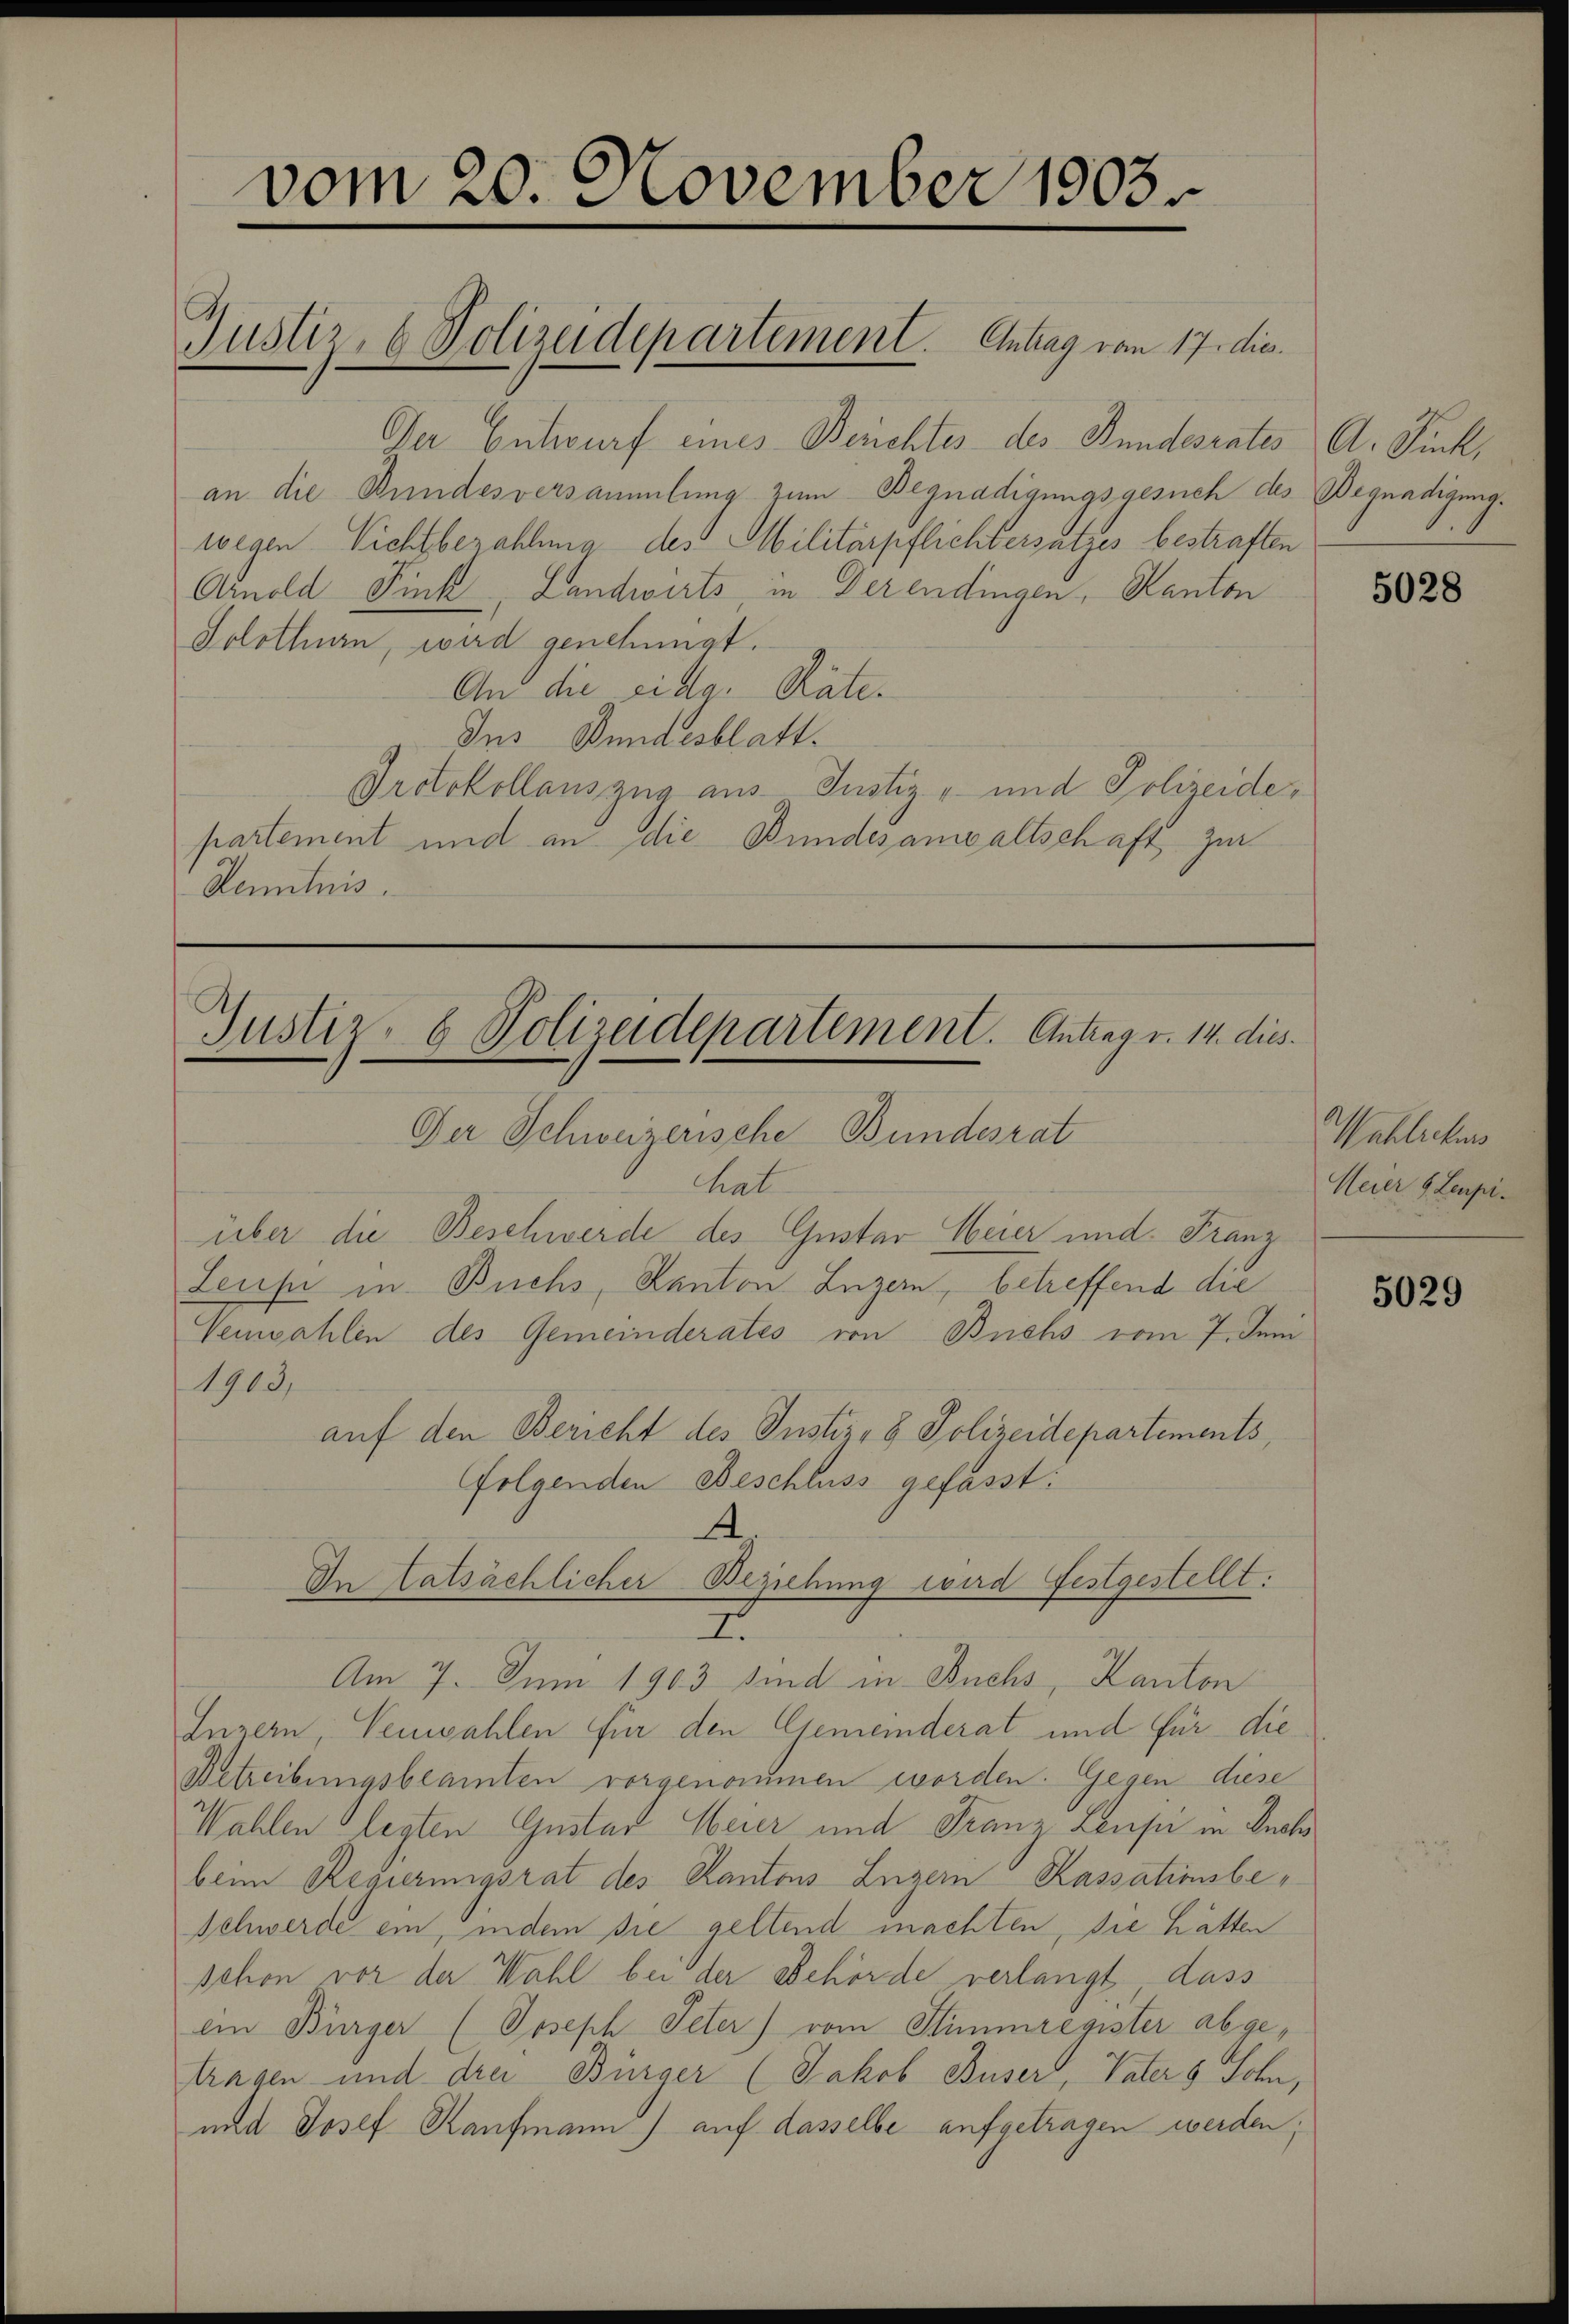
Der Entwurf eines Berichtes des Bundesrates A. Tuch,
an die Bundesversammlung zum Begnadigungsgesuch des Begnadigung.
wegen Nichtbezahlung des Militärpflichtersatzes bestraften
Arnold Fink, Landwirts, in Derendingen, Kanton
Solothurn, wird genehmigt.
An die eidg. Räte.
Ins Bundesblatt.
Protokollauszug aus Justiz- und Polizeidepartement und an die Bundesanwaltschaft zur
Kenntnis.

vom 20. November 1903.

Justiz- & Polizeidepartement. Antrag vom 17. die

Justiz- & Polizeidepartement. Antrag v. 14. dies

Der Schweizerische Bundesrat
hat
über die Beschwerde des Guster Weier und Franz
Leuk in Buchs, Kanton Luzern, betreffend die
Vemahlen des Gemeinderates von Buchs vom 7. Juni
1903,
auf den Bericht des Justiz- & Polizeidepartements,
folgenden Beschluss gefasst.
A.
In tatsächlicher Beziehung wird festgestellt.
I
Am 7. Juni 1903 sind in Buchs, Kanton
Inzern, Neuwahlen für den Gemeinderat und für die¬
Betreibungsbeamten vorgenommen worden. Gegen diese
Wahlen legten Gustav Meier und Franz Leusi in Such
beim Regierungsrat des Kantons Luzern Kassationsbe-
schwerde ein, indem sie geltend machten, die hätten
schon vor der Wahl bei der Behörde verlangt dass
ein Bürger (Joseph Peter) vom Stimmregister abgetragen und drei Bürger (Jakob Buser, Vater 9 Sohn,
und Josef Kaufmann) auf dasselbe aufgetragen werden;

5028

Wehliches
Meier 6. Leupi-

5029